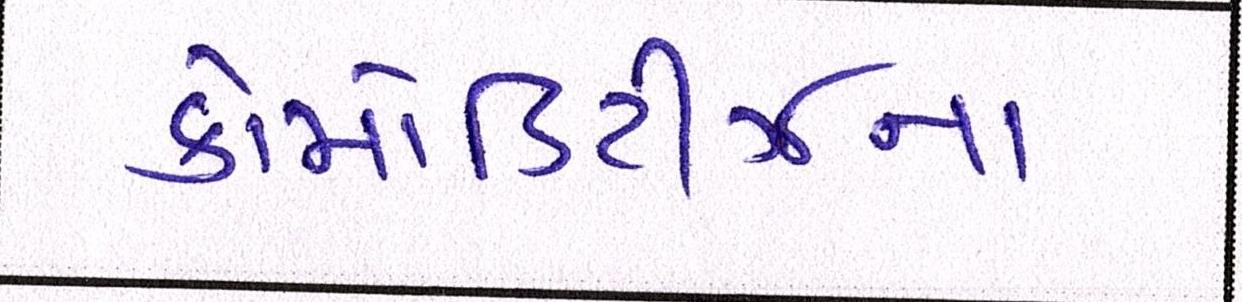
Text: કોમોડિટીઝના